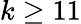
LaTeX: k\geq 11